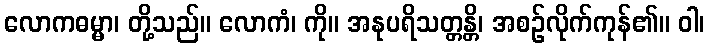
လောကဓမ္မာ၊ တို့သည်။ လောကံ၊ ကို။ အနုပရိသတ္တန္တိ၊ အစဉ်လိုက်ကုန်၏။ ဝါ၊